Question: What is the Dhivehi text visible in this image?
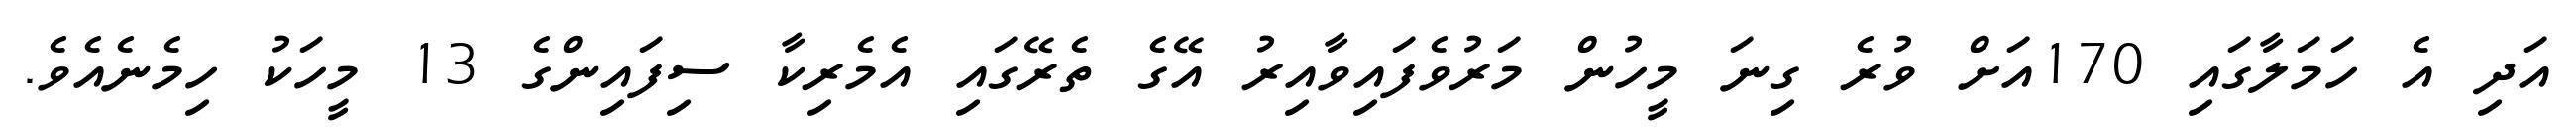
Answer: އަދި އެ ހަމަލާގައި 170އަށް ވުރެ ގިނަ މީހުން މަރުވެފައިވާއިރު އޭގެ ތެރޭގައި އެމެރިކާ ސިފައިންގެ 13 މީހަކު ހިމެނެއެވެ.